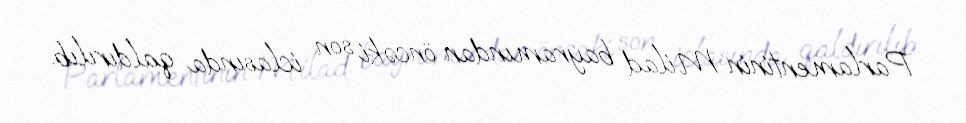
Parlamentinin Milad bayramından öncəki son iclasında qaldırılıb.